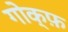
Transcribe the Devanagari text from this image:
गोक्फ़